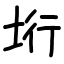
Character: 垳